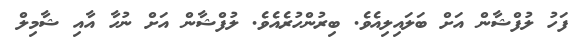
ފަހު ލުފްޝާން އަށް ބަލައިލިއެވެ. ބިރުންހުރެއެވެ. ލުފްޝާން އަށް ނުހާ އާއި ޝާމިލް